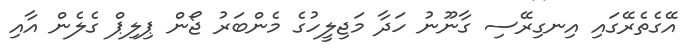
އޭގެތެރޭގައި އިނގިރޭސި ގާނޫނު ހަދާ މަޖިލީހުގެ މެންބަރު ޖޯން ޕިލިޕް ގެލެން އާއި